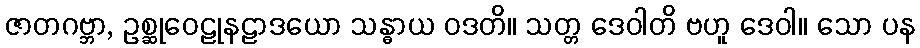
ဇာတဂဗ္ဘာ, ဥစ္ဆုဝေဠုနဠာဒယော သန္ဓာယ ဝဒတိ။ သတ္တ ဒေဝါတိ ဗဟူ ဒေဝါ။ သော ပန